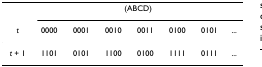
<table><thead><tr><td></td><td colspan="7"><b>(ABCD)</b></td></tr><tr><td><b><i>t</i></b></td><td><b>0000</b></td><td><b>0001</b></td><td><b>0010</b></td><td><b>0011</b></td><td><b>0100</b></td><td><b>0101</b></td><td><b>...</b></td></tr></thead><tbody><tr><td><i>t </i>+ 1</td><td>1101</td><td>0101</td><td>1100</td><td>0100</td><td>1111</td><td>0111</td><td>...</td></tr></tbody></table>